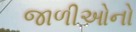
જાળીઓનો